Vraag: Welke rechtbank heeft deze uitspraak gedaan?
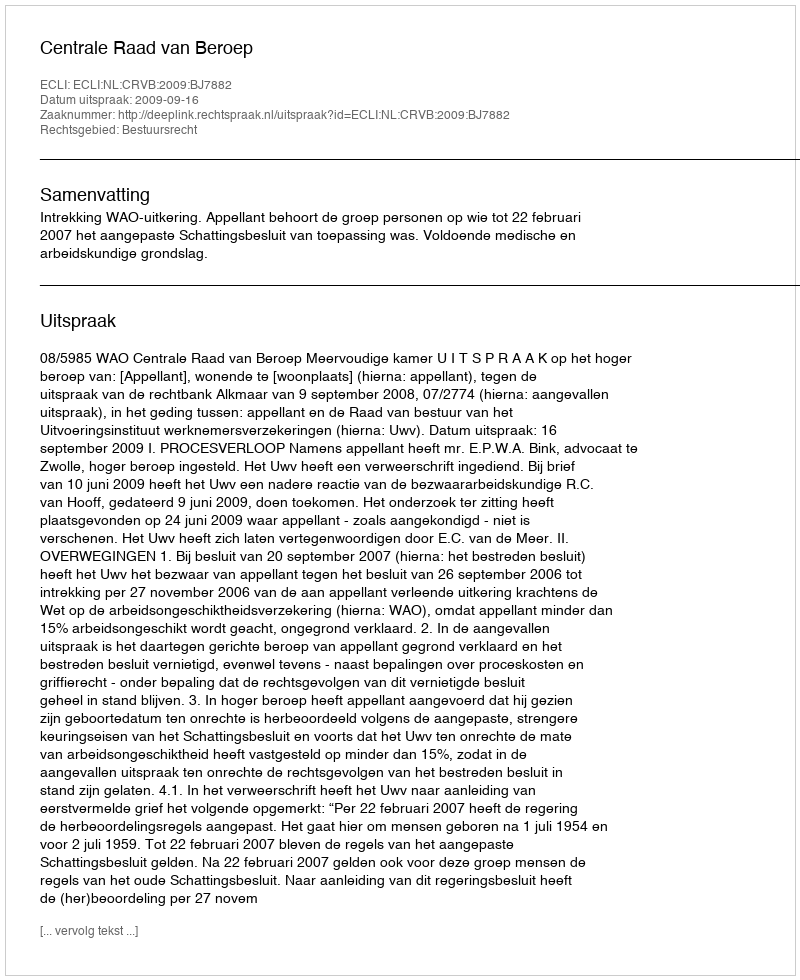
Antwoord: Centrale Raad van Beroep